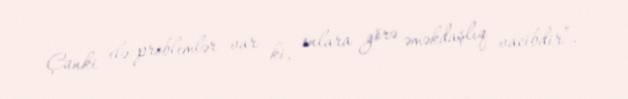
Çünki elə problemlər var ki, onlara görə əməkdaşlıq vacibdir”.